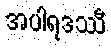
အပါရဒဿီ